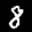
Label: 8